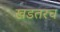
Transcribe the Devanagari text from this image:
खडतरच